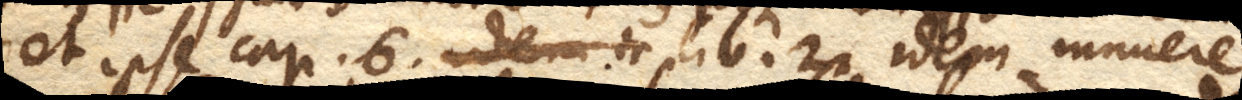
et ipse cap. 6. lib. 2. idem innuere